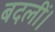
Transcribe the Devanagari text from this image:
बदलीं।